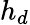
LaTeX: h_{d}